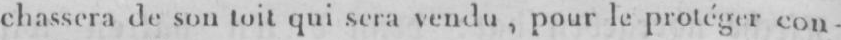
chassera de sontoit qui sera vendu, x le protéger con-